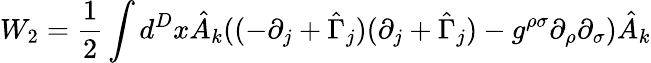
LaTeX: W_{2}=\frac{1}{2}\int d^{D}x\hat{A}_{k}((-\partial_{j}+\hat{\Gamma}_{j})(\partial_{j}+\hat{\Gamma}_{j})-g^{\rho\sigma}\partial_{\rho}\partial_{\sigma})\hat{A}_{k}